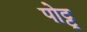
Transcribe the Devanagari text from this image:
पोट्टू